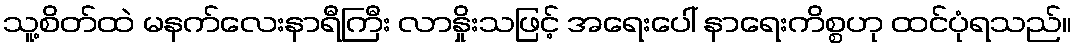
သူ့စိတ်ထဲ မနက်လေးနာရီကြီး လာနှိုးသဖြင့် အရေးပေါ် နာရေးကိစ္စဟု ထင်ပုံရသည်။